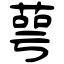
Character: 萼